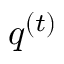
q ^ { ( t ) }